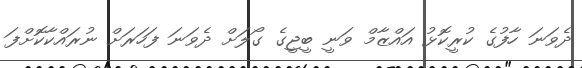
ދެވަނަ ހާފުގެ ކުރީކޮޅު އައްޒާމް ވަނީ ބީޖީގެ ގޯލަށް ދެވަނަ ފަހަރަށް ނުރައްކާކޮށްފަ